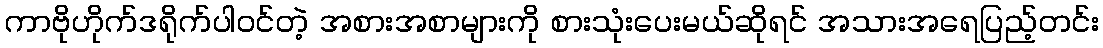
ကာဗိုဟိုက်ဒရိုက်ပါဝင်တဲ့ အစားအစာများကို စားသုံးပေးမယ်ဆိုရင် အသားအရေပြည့်တင်း